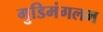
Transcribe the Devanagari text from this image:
गुडिमंगलम